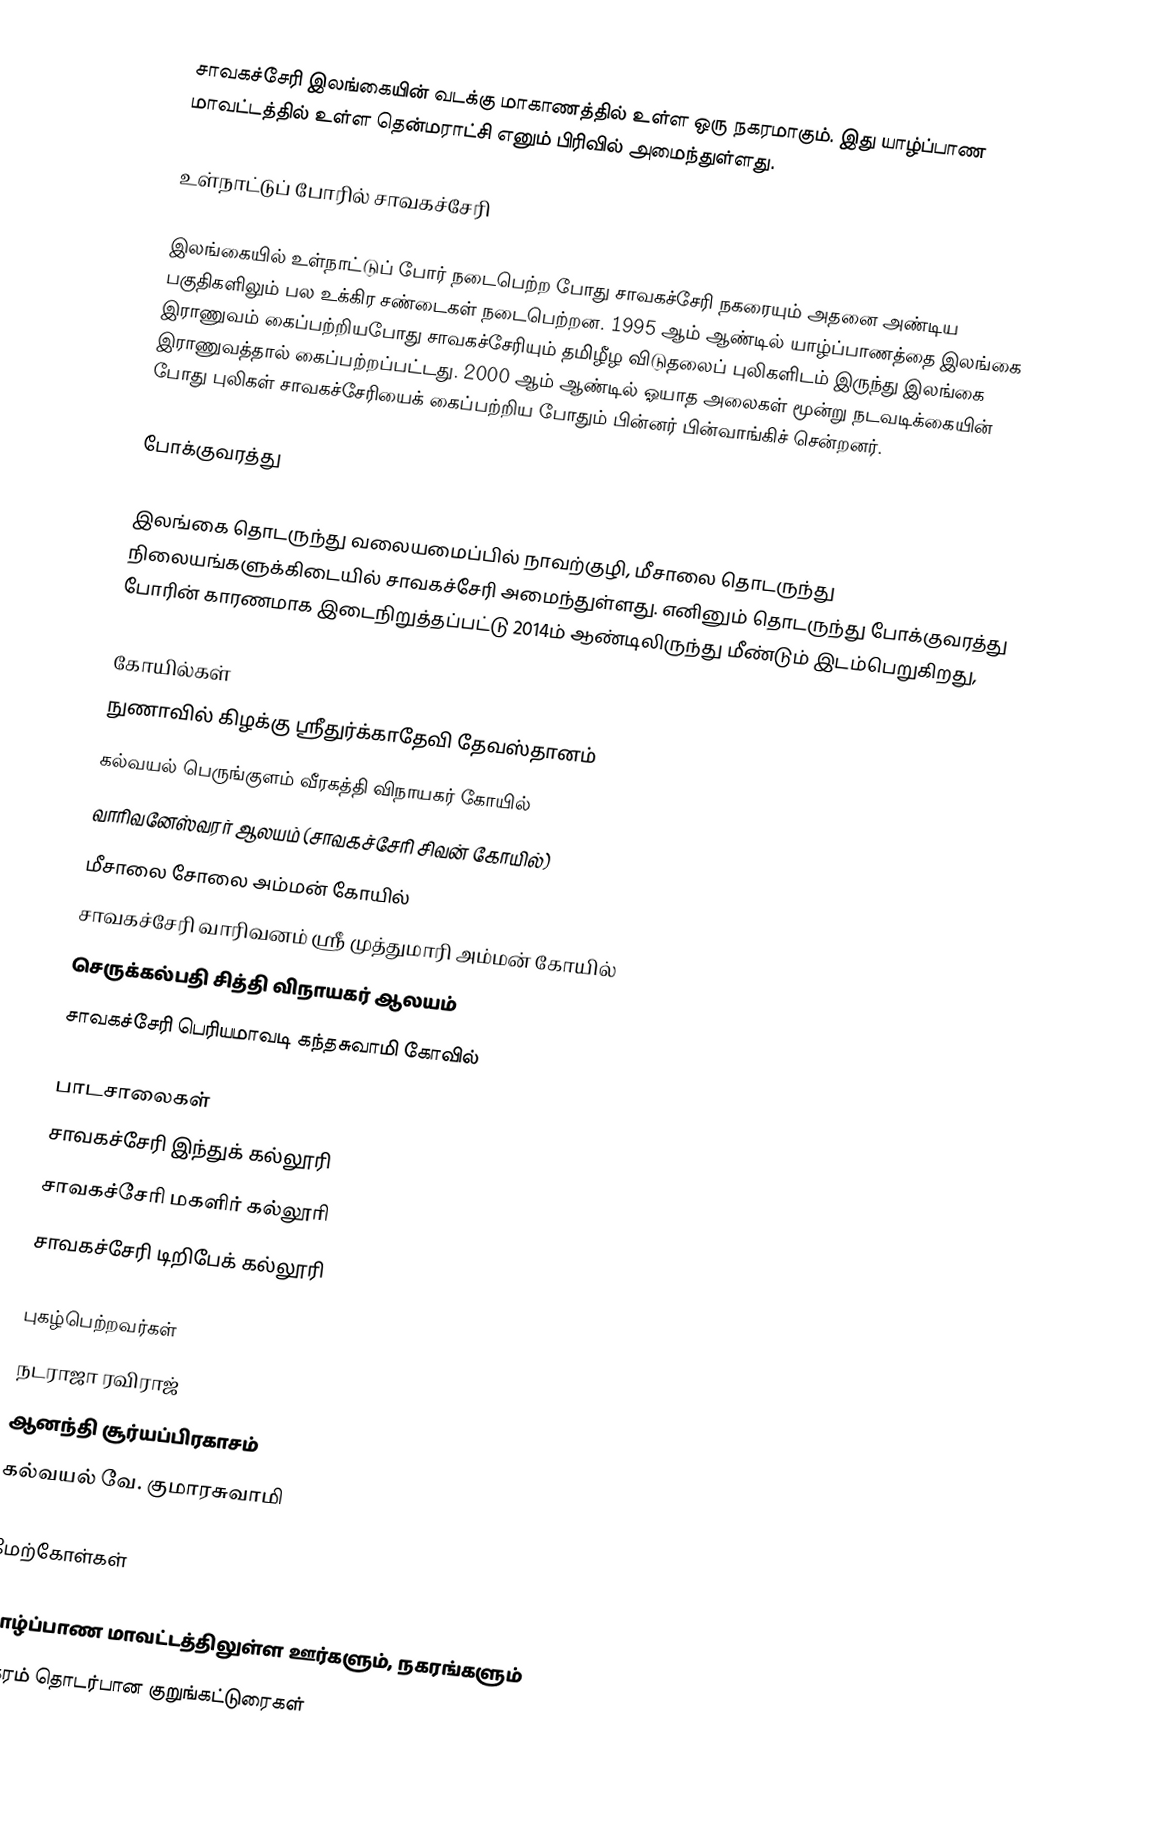
சாவகச்சேரி இலங்கையின் வடக்கு மாகாணத்தில் உள்ள ஒரு நகரமாகும். இது யாழ்ப்பாண மாவட்டத்தில் உள்ள தென்மராட்சி எனும் பிரிவில் அமைந்துள்ளது.

உள்நாட்டுப் போரில் சாவகச்சேரி

இலங்கையில் உள்நாட்டுப் போர் நடைபெற்ற போது சாவகச்சேரி நகரையும் அதனை அண்டிய பகுதிகளிலும் பல உக்கிர சண்டைகள் நடைபெற்றன. 1995 ஆம் ஆண்டில் யாழ்ப்பாணத்தை இலங்கை இராணுவம் கைப்பற்றியபோது சாவகச்சேரியும் தமிழீழ விடுதலைப் புலிகளிடம் இருந்து இலங்கை இராணுவத்தால் கைப்பற்றப்பட்டது. 2000 ஆம் ஆண்டில் ஓயாத அலைகள் மூன்று நடவடிக்கையின் போது புலிகள் சாவகச்சேரியைக் கைப்பற்றிய போதும் பின்னர் பின்வாங்கிச் சென்றனர்.

போக்குவரத்து

இலங்கை தொடருந்து வலையமைப்பில் நாவற்குழி, மீசாலை தொடருந்து நிலையங்களுக்கிடையில் சாவகச்சேரி அமைந்துள்ளது. எனினும் தொடருந்து போக்குவரத்து போரின் காரணமாக இடைநிறுத்தப்பட்டு 2014ம் ஆண்டிலிருந்து மீண்டும் இடம்பெறுகிறது,

கோயில்கள்
 நுணாவில் கிழக்கு ஸ்ரீதுர்க்காதேவி தேவஸ்தானம்
 கல்வயல் பெருங்குளம் வீரகத்தி விநாயகர் கோயில்
 வாரிவனேஸ்வரர் ஆலயம் (சாவகச்சேரி சிவன் கோயில்)
 மீசாலை சோலை அம்மன் கோயில்
 சாவகச்சேரி வாரிவனம் ஶ்ரீ முத்துமாரி அம்மன் கோயில்
 செருக்கல்பதி சித்தி விநாயகர் ஆலயம்
 சாவகச்சேரி பெரியமாவடி கந்தசுவாமி கோவில்

பாடசாலைகள்
 சாவகச்சேரி இந்துக் கல்லூரி
 சாவகச்சேரி மகளிர் கல்லூரி
 சாவகச்சேரி டிறிபேக் கல்லூரி

புகழ்பெற்றவர்கள்
 நடராஜா ரவிராஜ்
 ஆனந்தி சூர்யப்பிரகாசம்
 கல்வயல் வே. குமாரசுவாமி

மேற்கோள்கள்

யாழ்ப்பாண மாவட்டத்திலுள்ள ஊர்களும், நகரங்களும்
நகரம் தொடர்பான குறுங்கட்டுரைகள்